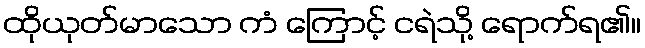
ထိုယုတ်မာသော ကံ ကြောင့် ငရဲသို့ ရောက်ရ၏။